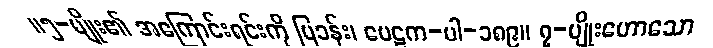
။၅-မျိုး၏ အကြောင်းရင်းကို ပြခန်း၊ ပေဋက-ပါ-၁၈၉။ ၇-မျိုးဟောသော